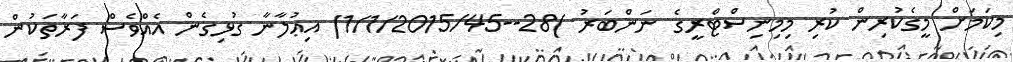
މިކަމަށް މީގެކުރިން ކުރި މިމިނިސްޓްރީގެ ނަންބަރު )28--1/1/2015/45) އިޢުލާނާ ގުޅިގެން އެއްވެސް ފަރާތަކުން